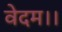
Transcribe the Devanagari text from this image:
वेदम।।